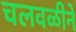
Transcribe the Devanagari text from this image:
चलवळीने